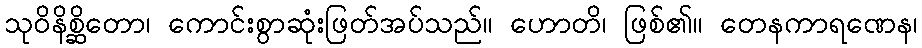
သုဝိနိစ္ဆိတော၊ ကောင်းစွာဆုံးဖြတ်အပ်သည်။ ဟောတိ၊ ဖြစ်၏။ တေနကာရဏေန၊